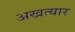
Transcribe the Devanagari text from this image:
अखत्यार